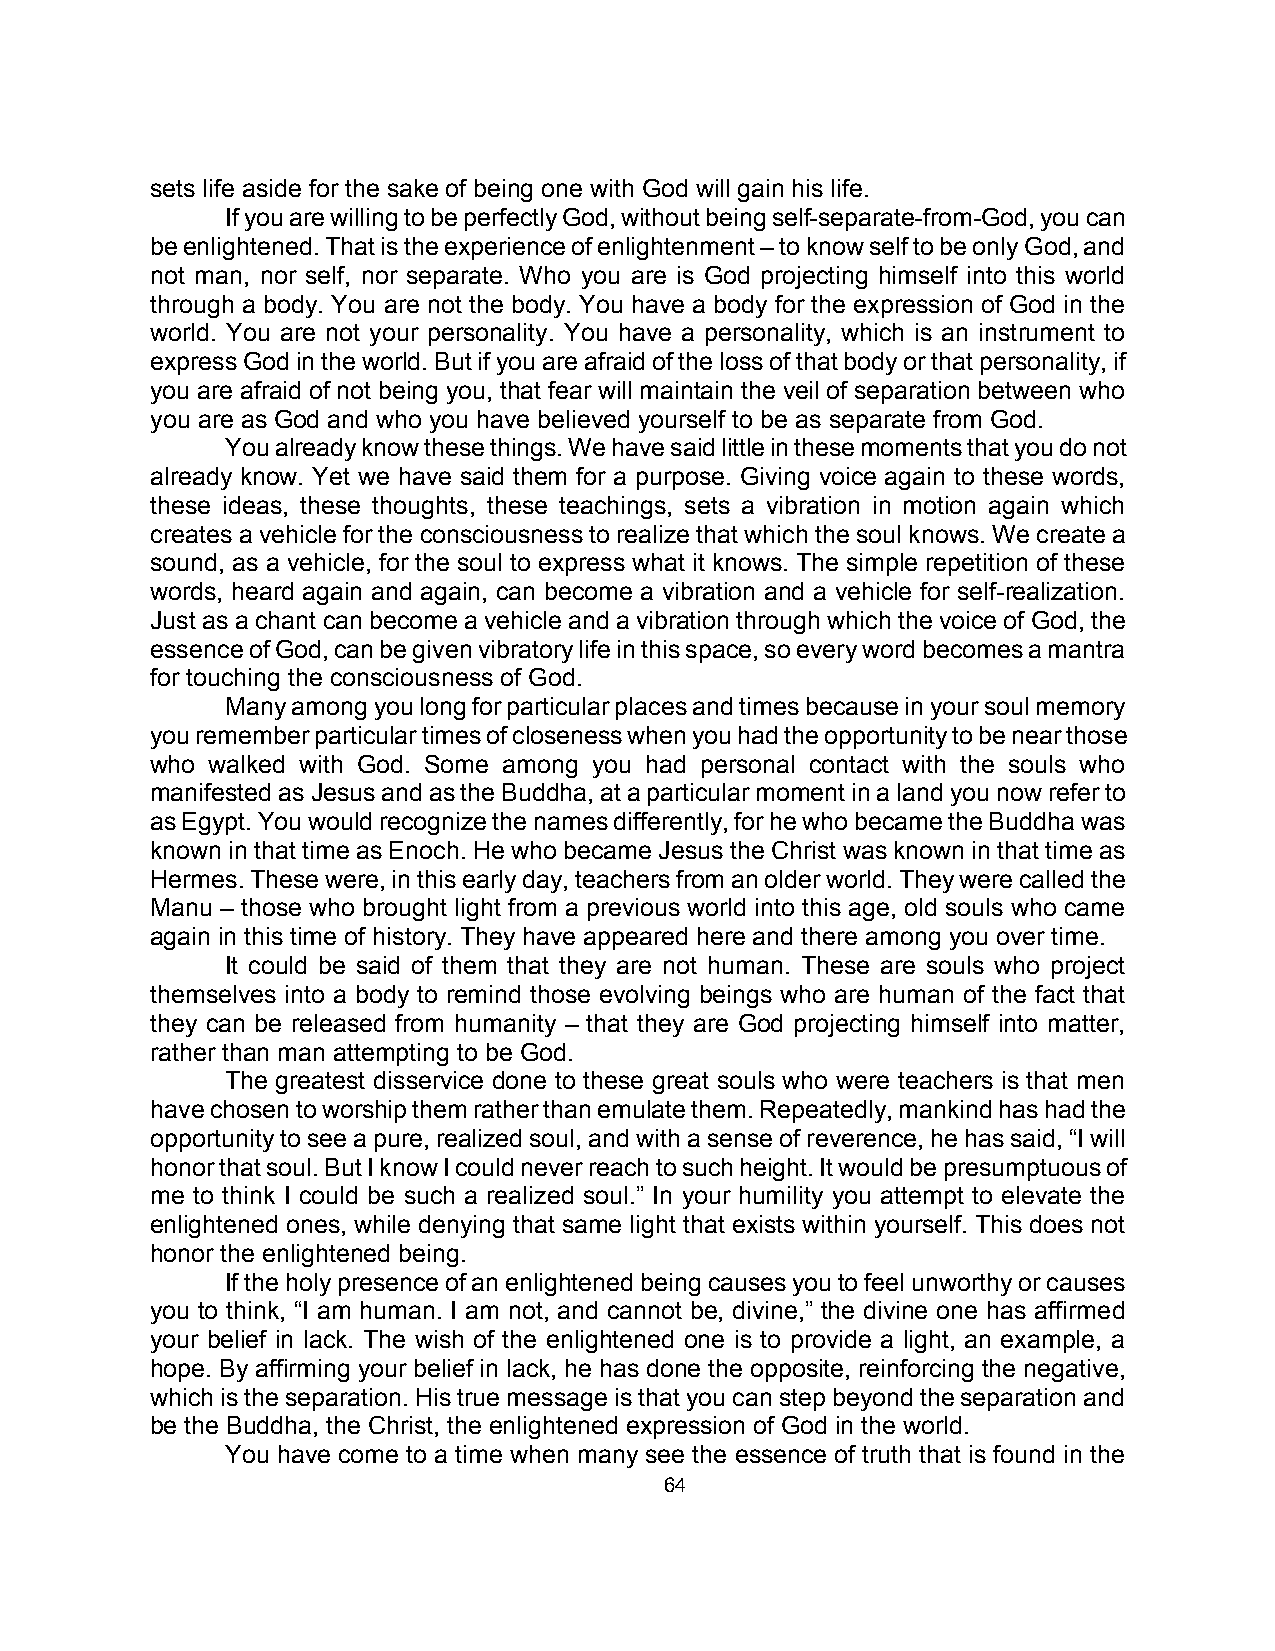
sets life aside for the sake of being one with God will gain his life.
 If you are willing to be perfectly God, without being self-separate-from-God, you can
 be enlightened. That is the experience of enlightenment – to know self to be only God, and
 not man, nor self, nor separate. Who you are is God projecting himself into this world
 through a body. You are not the body. You have a body for the expression of God in the
 world. You are not your personality. You have a personality, which is an instrument to
 express God in the world. But if you are afraid of the loss of that body or that personality, if
 you are afraid of not being you, that fear will maintain the veil of separation between who
 you are as God and who you have believed yourself to be as separate from God.
 You already know these things. We have said little in these moments that you do not
 already know. Yet we have said them for a purpose. Giving voice again to these words,
 these ideas, these thoughts, these teachings, sets a vibration in motion again which
 creates a vehicle for the consciousness to realize that which the soul knows. We create a
 sound, as a vehicle, for the soul to express what it knows. The simple repetition of these
 words, heard again and again, can become a vibration and a vehicle for self-realization.
 Just as a chant can become a vehicle and a vibration through which the voice of God, the
 essence of God, can be given vibratory life in this space, so every word becomes a mantra
 for touching the consciousness of God.
 Many among you long for particular places and times because in your soul memory
 you remember particular times of closeness when you had the opportunity to be near those
 who walked with God. Some among you had personal contact with the souls who
 manifested as Jesus and as the Buddha, at a particular moment in a land you now refer to
 as Egypt. You would recognize the names differently, for he who became the Buddha was
 known in that time as Enoch. He who became Jesus the Christ was known in that time as
 Hermes. These were, in this early day, teachers from an older world. They were called the
 Manu – those who brought light from a previous world into this age, old souls who came
 again in this time of history. They have appeared here and there among you over time.
 It could be said of them that they are not human. These are souls who project
 themselves into a body to remind those evolving beings who are human of the fact that
 they can be released from humanity – that they are God projecting himself into matter,
 rather than man attempting to be God.
 The greatest disservice done to these great souls who were teachers is that men
 have chosen to worship them rather than emulate them. Repeatedly, mankind has had the
 opportunity to see a pure, realized soul, and with a sense of reverence, he has said, “I will
 honor that soul. But I know I could never reach to such height. It would be presumptuous of
 me to think I could be such a realized soul.” In your humility you attempt to elevate the
 enlightened ones, while denying that same light that exists within yourself. This does not
 honor the enlightened being.
 If the holy presence of an enlightened being causes you to feel unworthy or causes
 you to think, “I am human. I am not, and cannot be, divine,” the divine one has affirmed
 your belief in lack. The wish of the enlightened one is to provide a light, an example, a
 hope. By affirming your belief in lack, he has done the opposite, reinforcing the negative,
 which is the separation. His true message is that you can step beyond the separation and
 be the Buddha, the Christ, the enlightened expression of God in the world.
 You have come to a time when many see the essence of truth that is found in the
 64